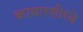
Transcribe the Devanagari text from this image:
कासारशीरंबे